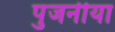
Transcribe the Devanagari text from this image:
पुजनीया